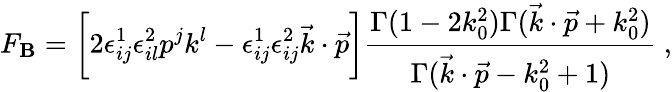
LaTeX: F_{\mathbf{B}}=\bigg[2\epsilon_{ij}^{1}\epsilon_{il}^{2}p^{j}k^{l}-\epsilon_{ij}^{1}\epsilon_{ij}^{2}\vec{{k}}\cdot\vec{{p}}\bigg]{\frac{{\Gamma(1-2k_{0}^{2})\Gamma(\vec{{k}}\cdot\vec{{p}}+k_{0}^{2})}}{{\Gamma(\vec{{k}}\cdot\vec{{p}}-k_{0}^{2}+1)}}}\ ,